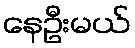
နေဦးမယ်